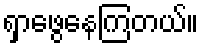
ရှာဖွေနေကြတယ်။